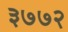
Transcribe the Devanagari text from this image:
३७७२